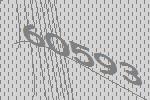
60593